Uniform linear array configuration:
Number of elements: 48
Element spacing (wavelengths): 0.5
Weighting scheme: exponential
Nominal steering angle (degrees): -45
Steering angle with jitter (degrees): -46.462
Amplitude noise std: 0.05
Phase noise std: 0.05

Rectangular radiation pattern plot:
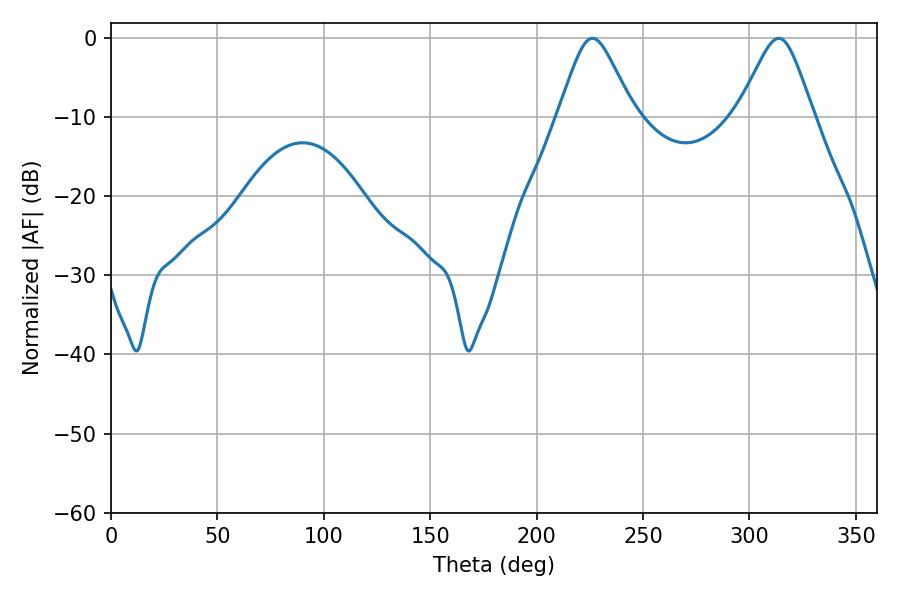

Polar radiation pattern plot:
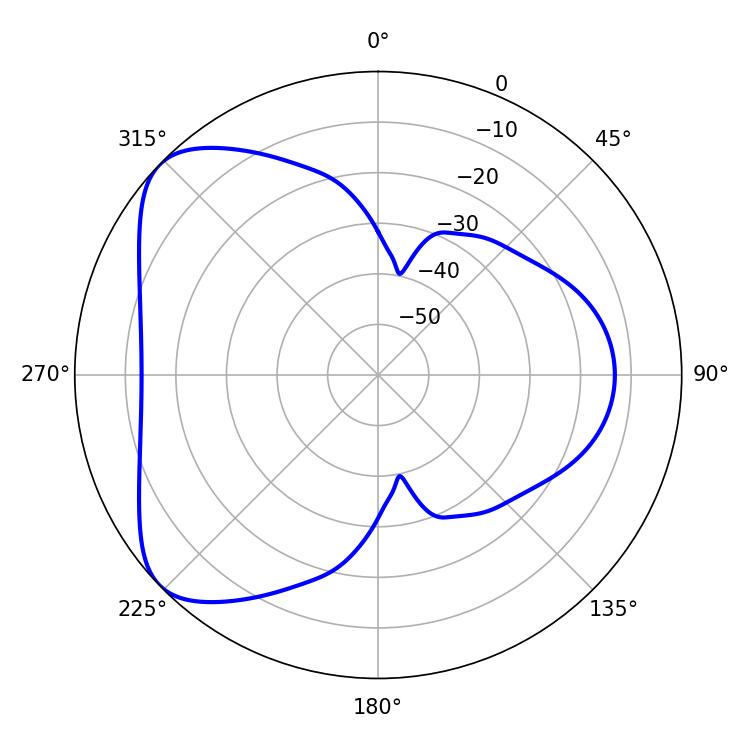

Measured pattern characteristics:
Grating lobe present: FALSE
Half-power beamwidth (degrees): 17.1
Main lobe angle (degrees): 226.26